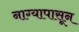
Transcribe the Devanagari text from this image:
नाग्यापासून